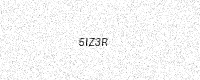
Text: 5IZ3R